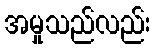
အမှုသည်လည်း